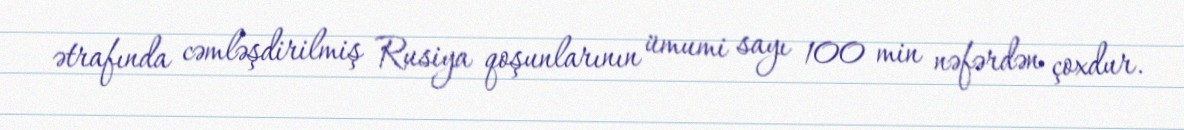
ətrafında cəmləşdirilmiş Rusiya qoşunlarının ümumi sayı 100 min nəfərdən çoxdur.